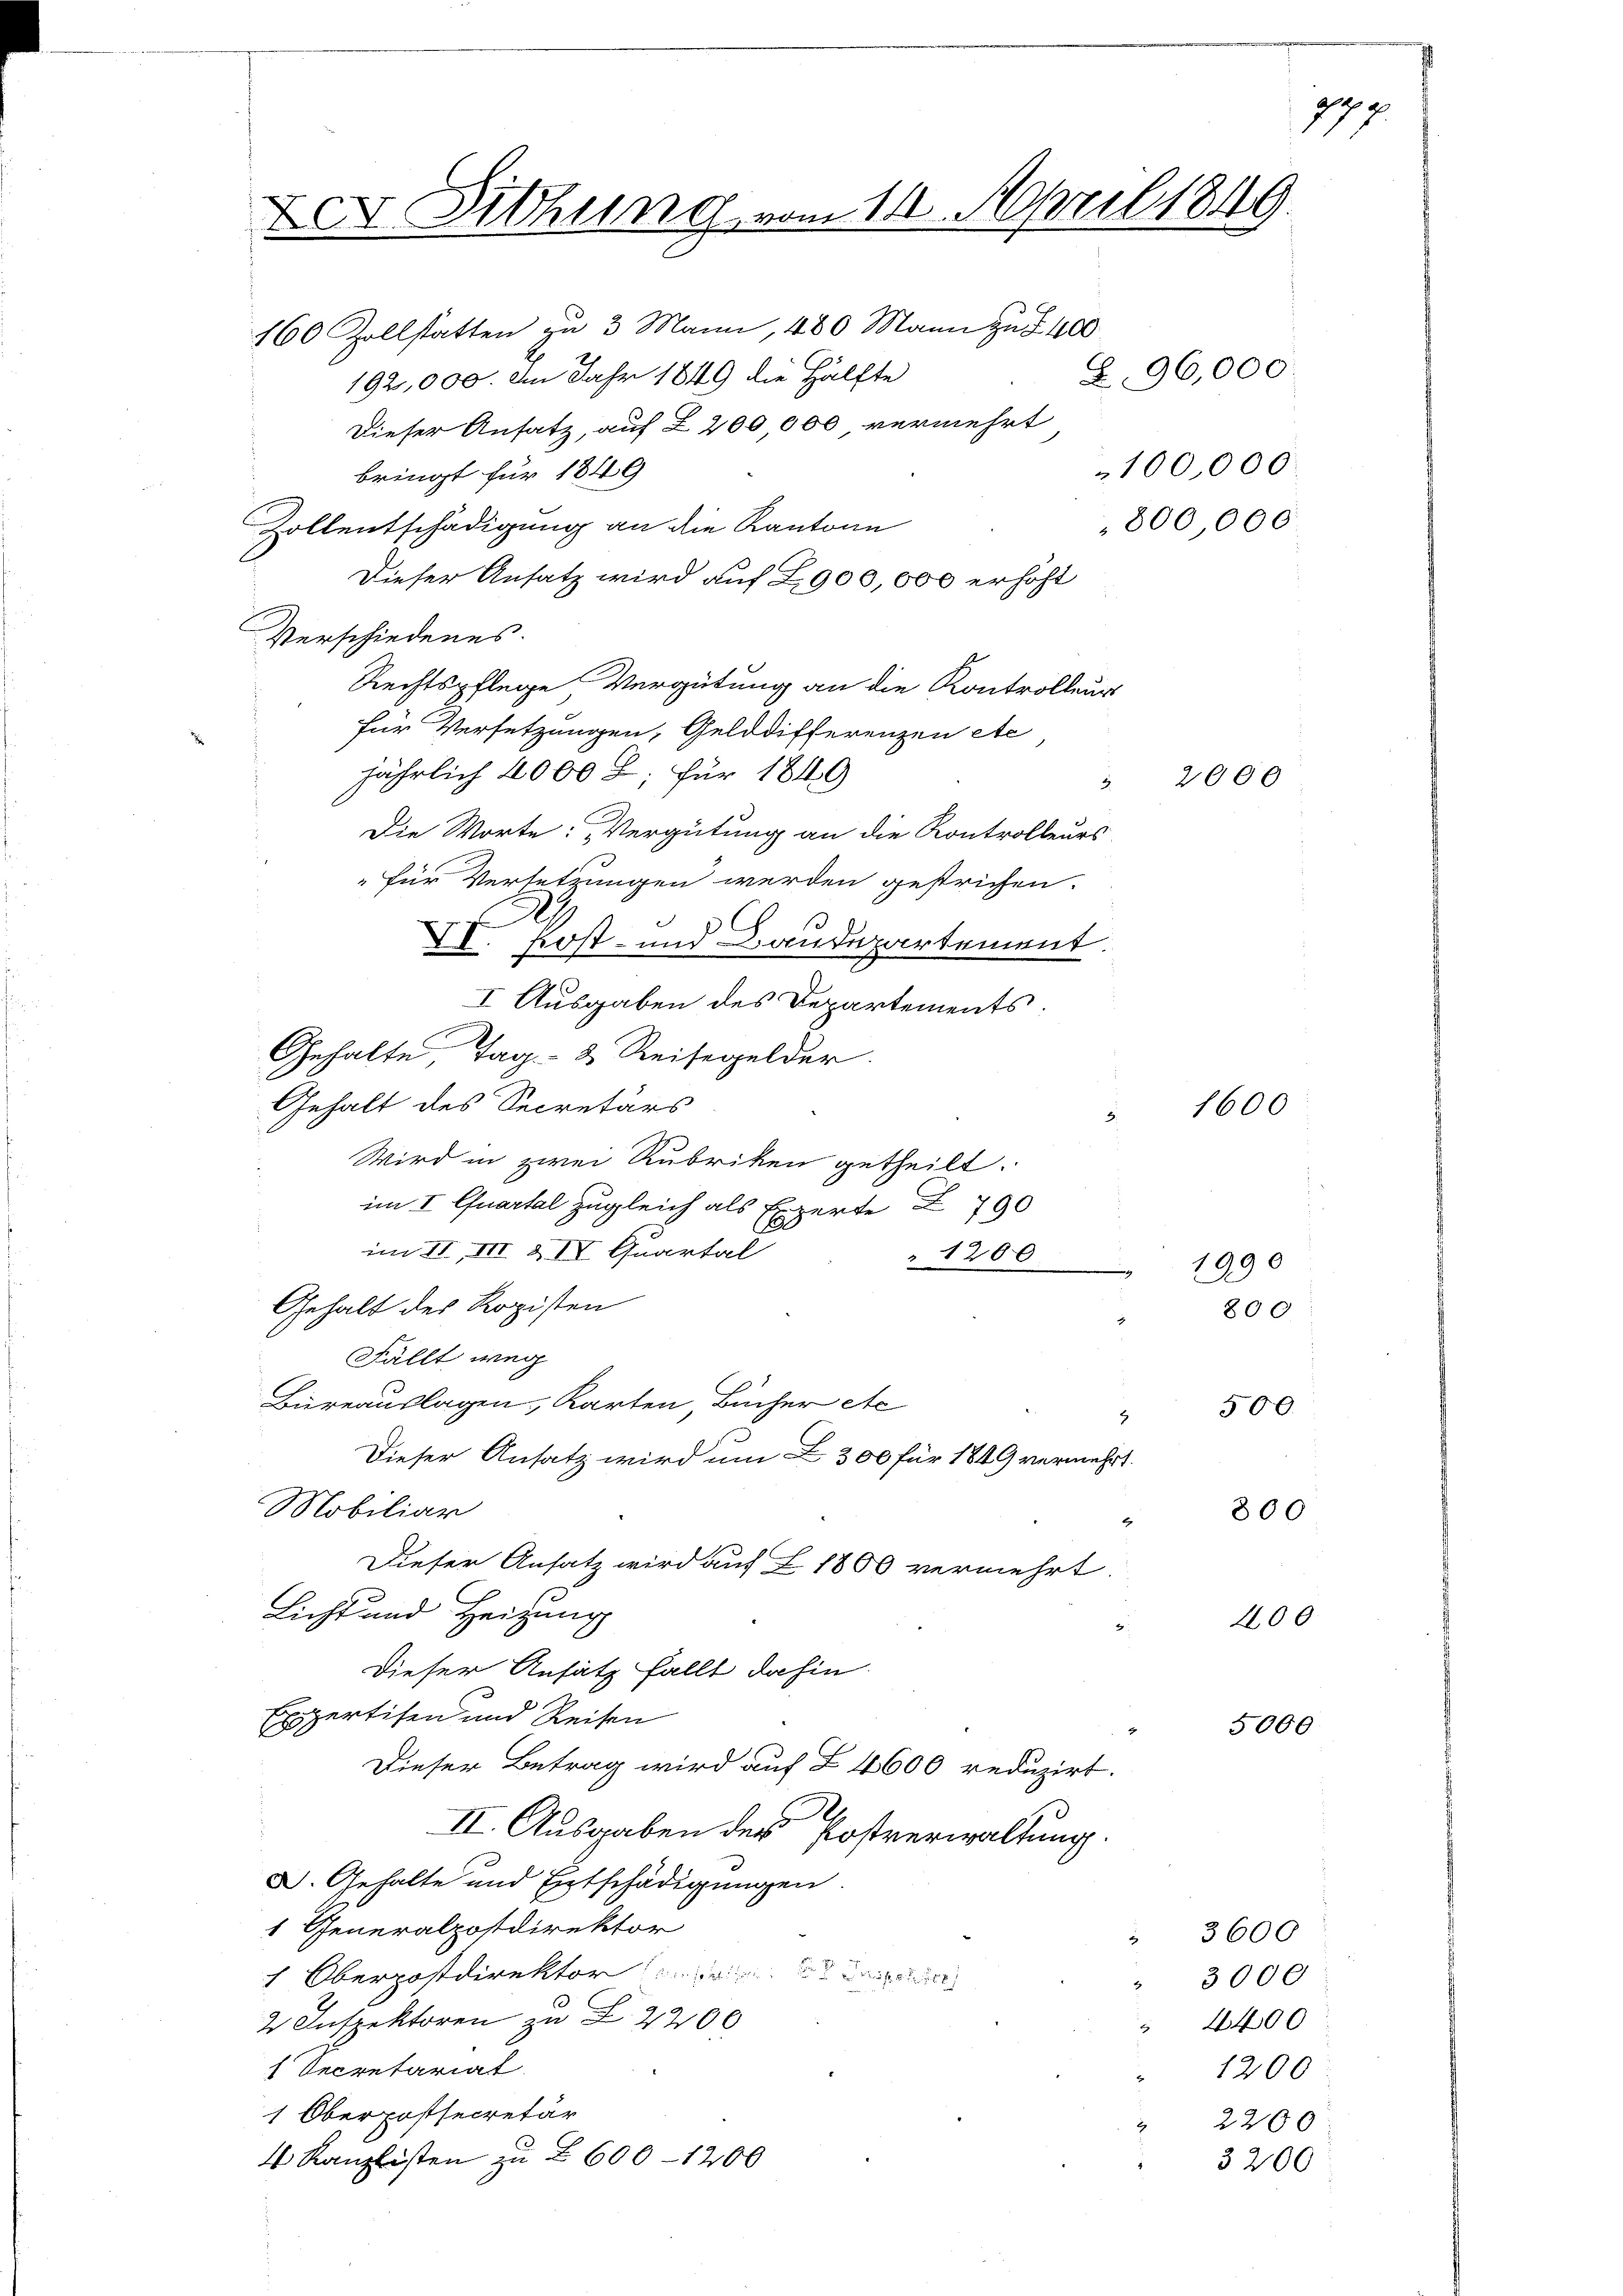
D. Diehung vom 11. April 1849.
160 Zollstatten zu 3 Mann, 480 Mann zu § 400

192,000. Am Jahr 1849 die Hälfte
Dieser Ansatz, auf 2200 000 vermehrt
bringt für 1849
Zollentschädigung an die Kantone
Dieser Ansatz wird auf 2900,000 erhöht
Verschiedenes.
Rechtspflege Vergütung an die Kontrolleur
für Versetzungen, Gelddifferenzen etc
jährlich 4000 L; für 1849
3
Die Worte: „Vergütung an die Kontrolleurs
für Versetzungen werden gestrichen.
XV. Post- und Baudepartement.
I Ausgaben des Departements.

Gehalte, Tag - 2 Reisegelder.
Gehalt des Secretärs
Wird in zwei Rubriken getheilt.
im I Quartal zugleich als Experte Z 790
im II, III & IV Quartal
 1200.
Gehalt des Ropisten
Fällt weg
Büreauslagen, Karten Bücher etc
2
Dieser Ansatz wird um Z 300 für 1849 vermehrt.
Mobiliar
2
Dieser Ansatz wird auf L 1800 vermehrt
Licht und Heizung
Dieser Ansatz fällt dahin.
Expertisen und Reisen
Dieser Betrag wird auf § 4600 reduzirt.
II. Ausgaben des Postverwaltung
D. Gehalte und Entschädigungen.
1 Generalpostdirektor
1 Oberpostdirektor
.
2 Inspektoren zu § 2200
1 Secretariat
1 Oberpossecretär
4 Kanzlisten zu § 600-1200

100,000.
800,000.

2

Z.96,000.

2000

1600

1990
800

500.

300

400

5000

3600
3000
4400
1200
2200

3200

279.